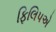
ફિલિપએ